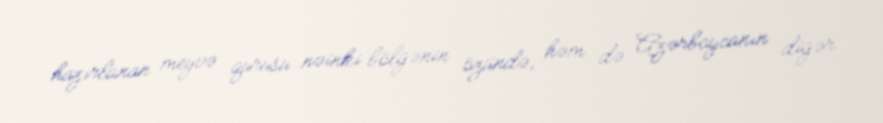
hazırlanan meyvə qurusu nəinki bölgənin özündə, həm də Azərbaycanın digər